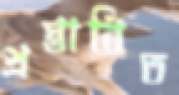
প্রস্তাবিত